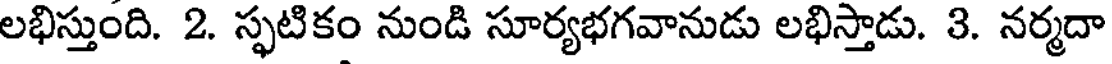
లభిస్తుంది. 2. స్ఫటికం నుండి సూర్యభగవానుడు లభిస్తాడు. 3. నర్మదా